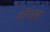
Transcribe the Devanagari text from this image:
जमिन्दर्